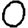
Digit: 0